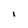
Character: I